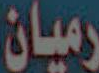
رميان